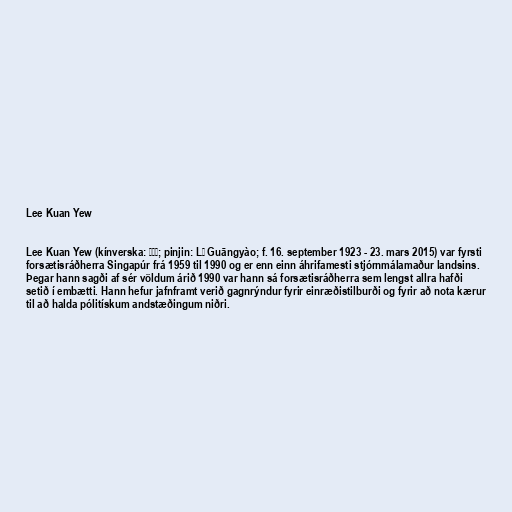
Lee Kuan Yew

Lee Kuan Yew (kínverska: 李光耀; pinjin: Lǐ Guāngyào; f. 16. september 1923 - 23. mars 2015) var fyrsti
forsætisráðherra Singapúr frá 1959 til 1990 og er enn einn áhrifamesti stjórnmálamaður landsins.
Þegar hann sagði af sér völdum árið 1990 var hann sá forsætisráðherra sem lengst allra hafði
setið í embætti. Hann hefur jafnframt verið gagnrýndur fyrir einræðistilburði og fyrir að nota kærur
til að halda pólitískum andstæðingum niðri.